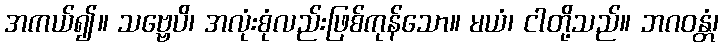
အကယ်၍။ သဗ္ဗေပိ၊ အလုံးစုံလည်းဖြစ်ကုန်သော။ မယံ၊ ငါတို့သည်။ ဘဂဝန္တံ၊